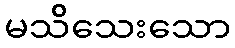
မသိသေးသော